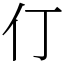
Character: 仃